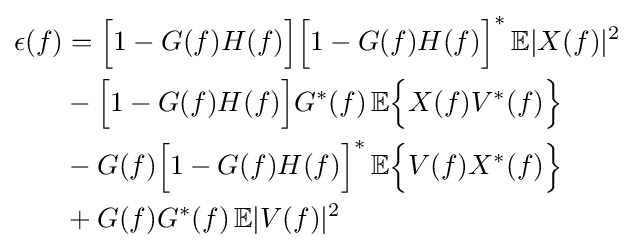
{\begin{aligned}\epsilon (f)&={\Big [}1-G(f)H(f){\Big ]}{\Big [}1-G(f)H(f){\Big ]}^{*}\,\mathbb {E} |X(f)|^{2}\\&{}-{\Big [}1-G(f)H(f){\Big ]}G^{*}(f)\,\mathbb {E} {\Big \{}X(f)V^{*}(f){\Big \}}\\&{}-G(f){\Big [}1-G(f)H(f){\Big ]}^{*}\,\mathbb {E} {\Big \{}V(f)X^{*}(f){\Big \}}\\&{}+G(f)G^{*}(f)\,\mathbb {E} |V(f)|^{2}\end{aligned}}